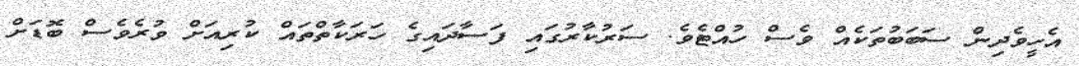
އެހީވެދިން ސަބަބުތަކެއް ވެސް ހުއްޓެވެ. ސަރުކާރުގައި ފަސާދައިގެ ހަރަކާތްތައް ކުރިއަށް ވުރެވެސް ބޮޑަށް